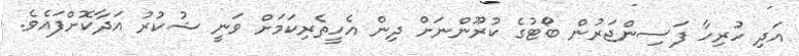
އަދި ހުރިހާ ފަސިންޖަރުން ބޯޓުގެ ކުރޫންނަށް ދިން އެހީތެރިކަމަށް ވަނީ ޝުކުރު އަދާކޮށްފައެވެ.